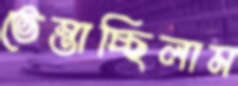
ভেস্তাচ্ছিলাম